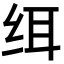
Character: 䌺